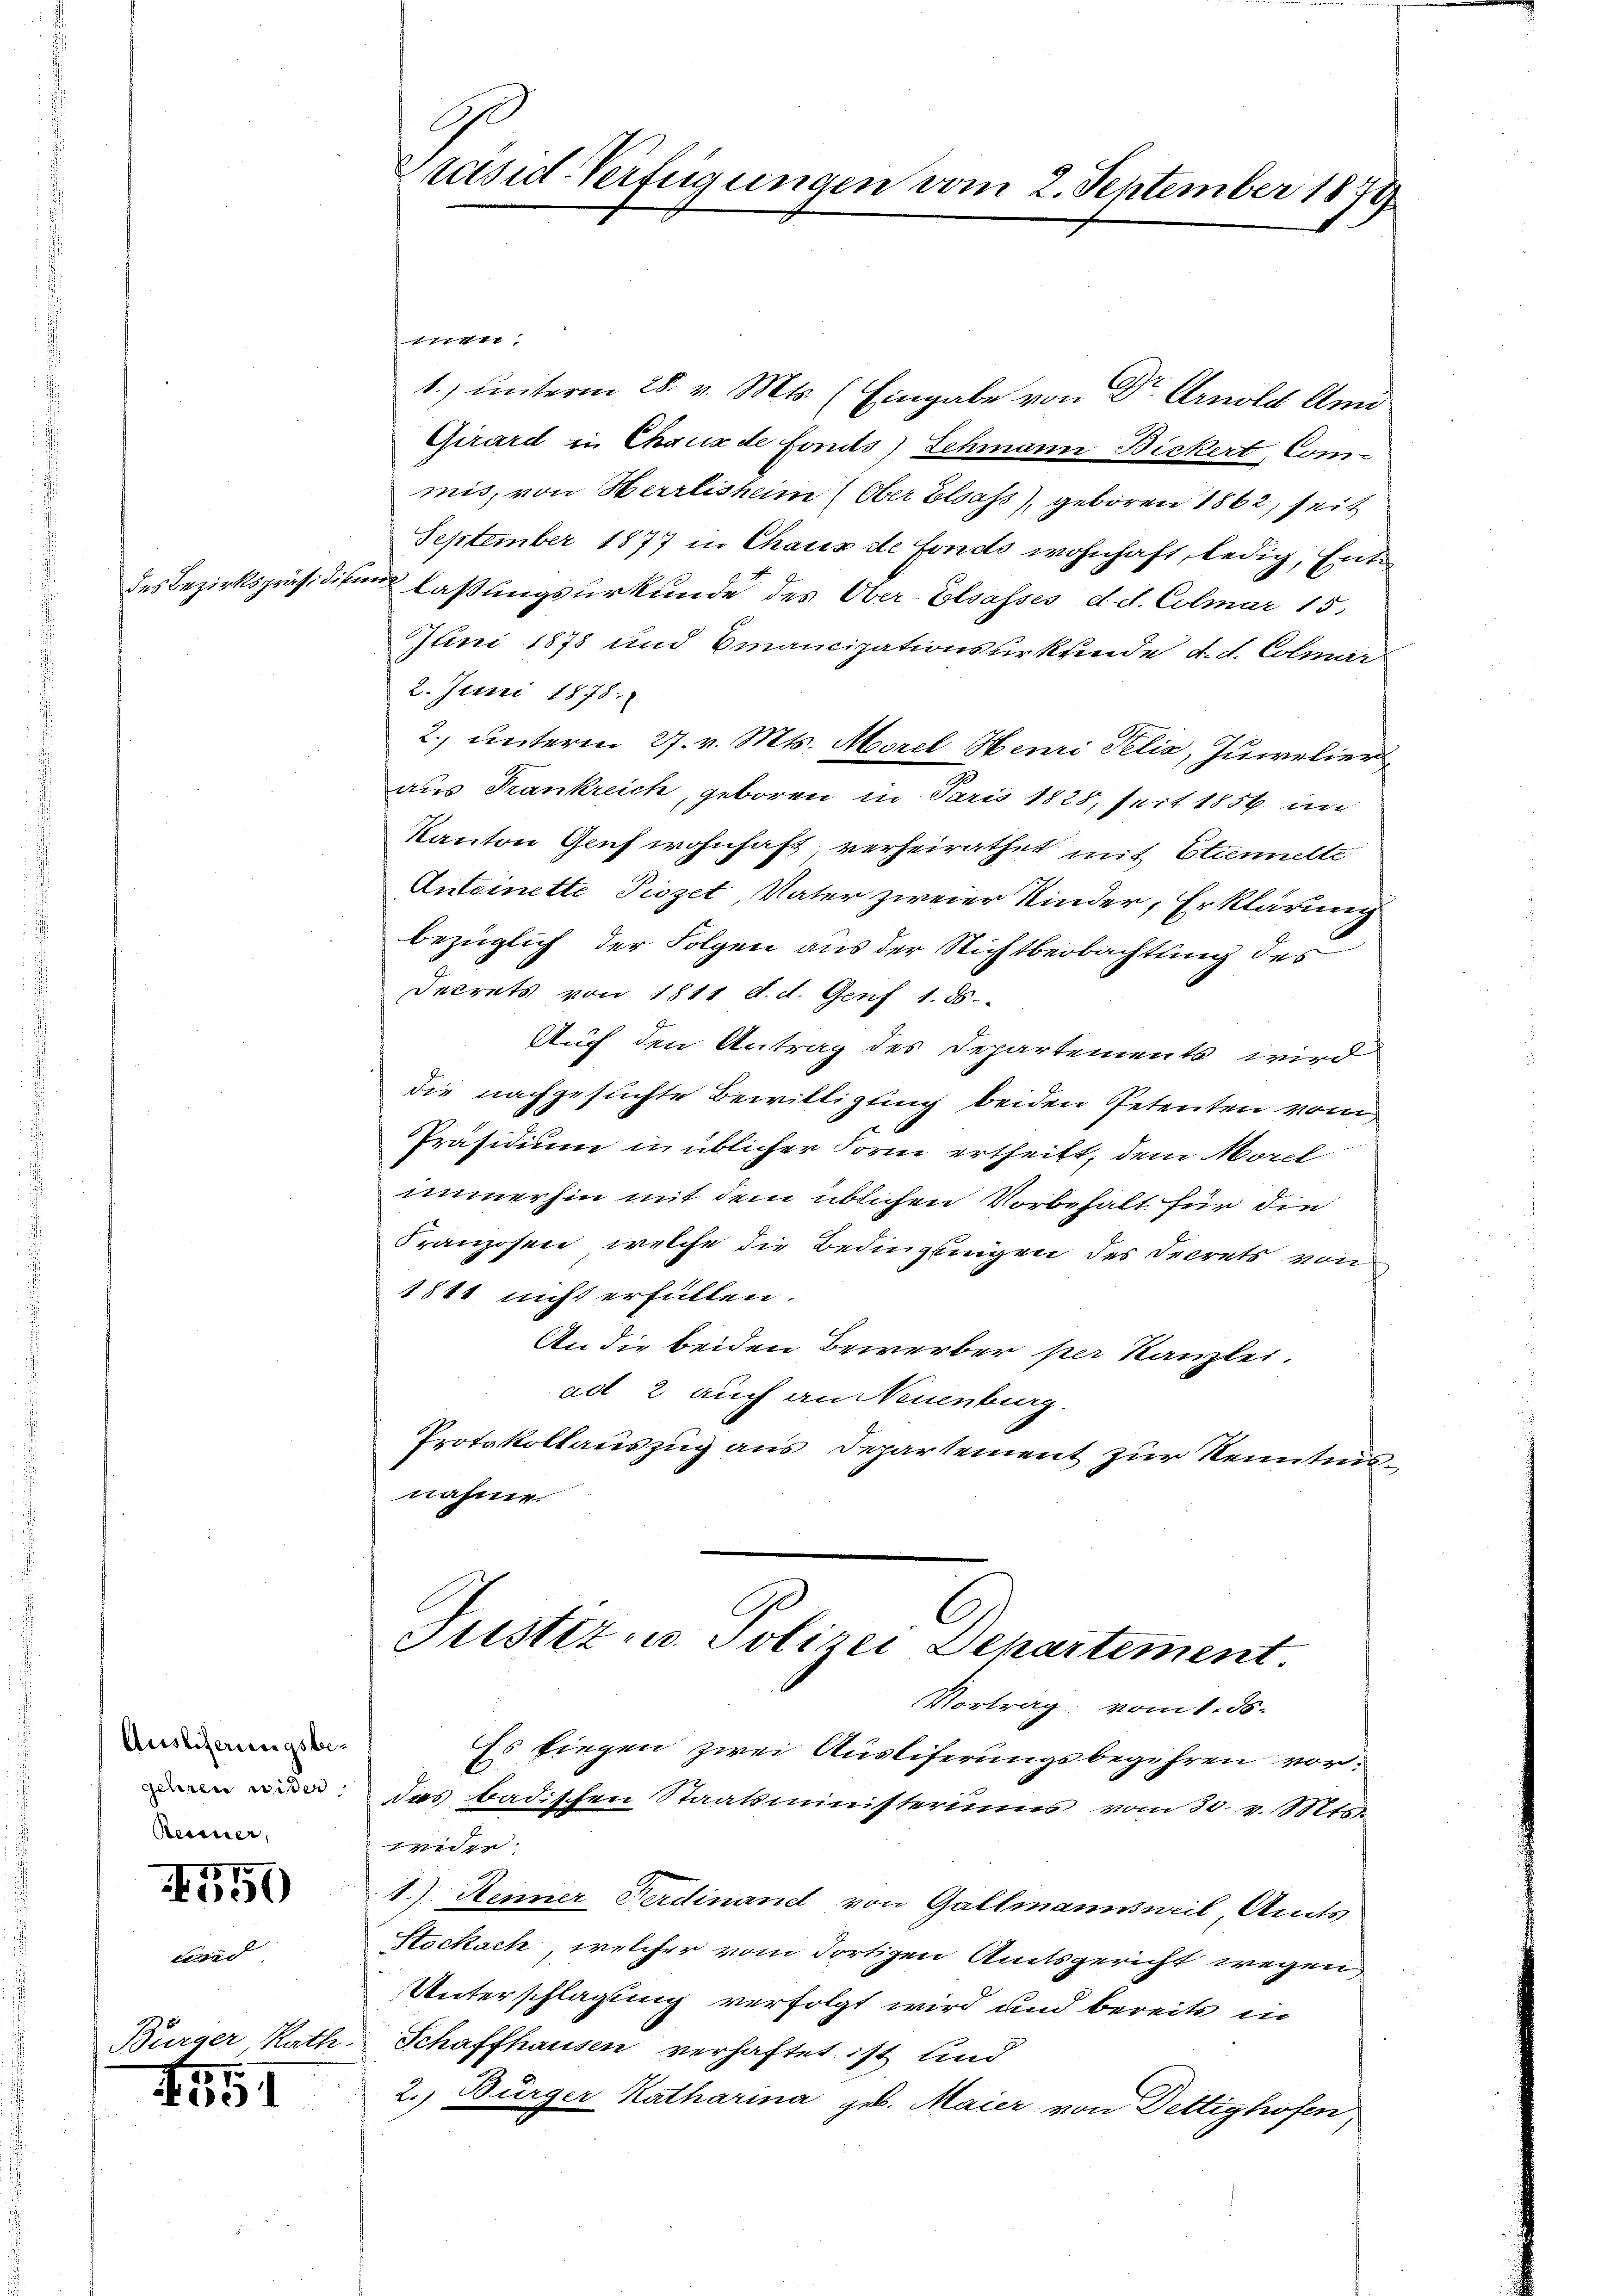
des Bezirkspräsidien

Auslieferungsbe-
gehren wißer
Reimer,

157
50

Bürger Rath.

551

C
Präsid-Verfügungen vom 2. September 1872

men.
1) unterm 28. v. Mts. (Eingabe von Dr. Arnold Ami
Girard in Chaux de fonds) Schmann Bickert, Com-
mis, von Herrlisheim (Ober Elsass), geboren 1862, seit
September 1877 in Chaux de fonds wohnhaft, ledig, Ente
in laßungsurkunde des Ober-Elsasses d. d. Colmar 15.
Juni 1878 und Emancipationsurkunde d. d. Colmar
2. Juni 1878.
2.) unterm 27. v. Mts. Morel Henri Pelia, Juwelier
aus Frankreich, geboren in Paris 1828, seit 1856 un
Kanton Genf wohnhaft verheirathet mit Etiennette
Anteinette Piszet Vater zweier Kinder, Erklärung
bezüglich der Folgen aus der Nichtbeobachtung des
Decrets von 1811 d. d. Genf 1. 85.
Auf den Antrag des Departements wird
die nachgesuchte Bewilligung beiden Petenten von
Präsidium in üblicher Form ertheilt, dem Morel
immerhin mit dem üblichen Vorbehalt für die
Franzosen, welche die Bedingungen des Secrets von
1811 nicht erfüllen.
An die beiden Bewerber per Kanzlei.
ad 2 auch an Neuenburg.
Protokollauszug aus Departement zur Kenntnisnahme
C
Justiz- u. Polizei Departement.
Vortrag vom 1. ds.
Es liegen zwei Ausliferungsbegehren vordas badischen Staatsministeriums vom 30. v. Mts.
i
1.) Henner Ferdinand von Gallmannsweil Amts
Stockach, welcher vom dortigen Amtsgericht wegen
Unterschlagung verfolgt wird und bereits in
Schaffhausen verhaftet ist und
2. Bürger Katharina geb. Maier von Dettighofen